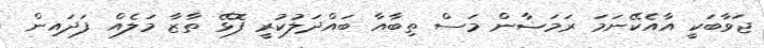
ޖަވާބަކީ އާއެކޭނަމަ ރަމަޟާން މަސް ތިބާއާ ބައްދަލުކުރީ ފޮޅޭ ތާޒާ މަލެއް ފަދައިން